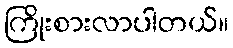
ကြိုးစားလာပါတယ်။